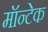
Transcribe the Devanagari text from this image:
मॉन्टेक